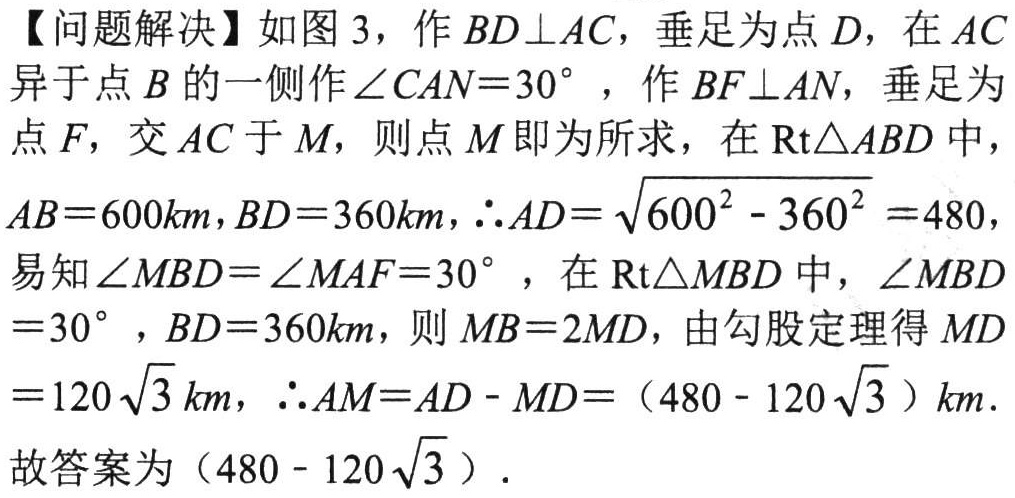
【问题解决】如图3，作\(BD\perp AC\)，垂足为点\(D\)，在\(AC\)异于点\(B\)的一侧作\(\angle CAN = 30^{\circ}\)，作\(BF\perp AN\)，垂足为
点\(F\)，交\(AC\)于\(M\)，则点\(M\)即为所求，在\(\text{Rt}\triangle ABD\)中，
\(AB = 600km\)，\(BD = 360km\)，\(\therefore AD=\sqrt{600^{2}-360^{2}} = 480\)，
易知\(\angle MBD=\angle MAF = 30^{\circ}\)，在\(\text{Rt}\triangle MBD\)中，\(\angle MBD\)
\(= 30^{\circ}\)，\(BD = 360km\)，则\(MB = 2MD\)，由勾股定理得\(MD\)
\(=120\sqrt{3}km\)，\(\therefore AM = AD - MD=(480 - 120\sqrt{3})km\).
故答案为\((480 - 120\sqrt{3})\).